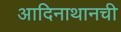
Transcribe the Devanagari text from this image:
आदिनाथानची